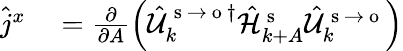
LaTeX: \begin{array}{rl}{\hat{j}^{x}}&{{}=\frac{\partial}{\partial A}\left(\hat{\mathcal{U}}_{k}^{\mathrm{~s~}\to\mathrm{~o~}\dagger}\hat{\mathcal{H}}_{k+A}^{\mathrm{~s~}}\hat{\mathcal{U}}_{k}^{\mathrm{~s~}\to\mathrm{~o~}}\right)}\end{array}